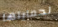
لحمايتها